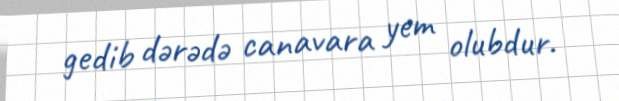
gedib dərədə canavara yem olubdur.